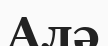
Алә